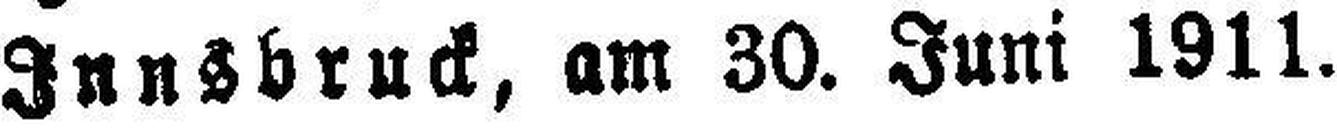
Innsbruck, am 30. Juni 1911.